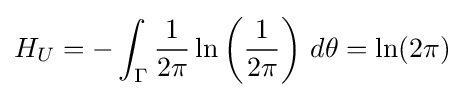
H_{U}=-\int _{\Gamma }{\frac {1}{2\pi }}\ln \left({\frac {1}{2\pi }}\right)\,d\theta =\ln(2\pi )